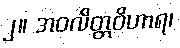
၂။ အဝလိတ္တဝိဟာရ၊